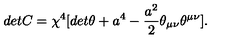
d e t C = { \chi } ^ { 4 } [ d e t { \theta } + a ^ { 4 } - \frac { a ^ { 2 } } { 2 } { \theta } _ { { \mu } { \nu } } { \theta } ^ { { \mu } { \nu } } ] .